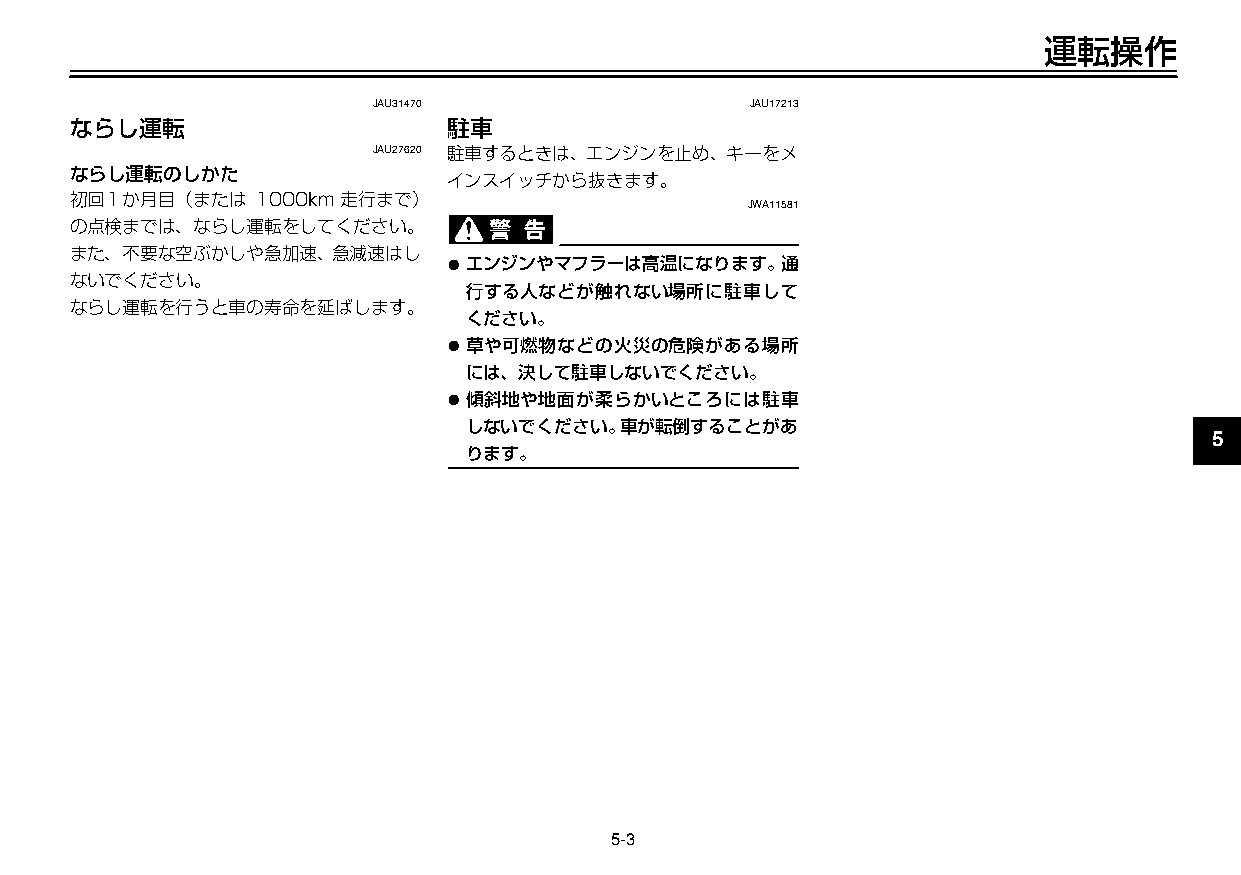
U3C5J7J0 3ページ ２００９年１１月４日 水曜日 午前９時４７分
 運転操作
 JAU31470                 JAU17213
 ならし運転                    駐車
 JAU27620 駐車するときは、エンジンを止め、キーをメ
 ならし運転のしかた
 インスイッチから抜きます。
 初回１か月目（または  1000km走行まで）
 JWA11581
 の点検までは、ならし運転をしてください。
 また、不要な空ぶかしや急加速、急減速はし     ● エンジンやマフラーは高温になります。通                             2
 ないでください。
 行する人などが触れない場所に駐車して
 ならし運転を行うと車の寿命を延ばします。
 ください。                                            3
 ● 草や可燃物などの火災の危険がある場所
 には、決して駐車しないでください。                                4
 ● 傾斜地や地面が柔らかいところには駐車
 しないでください。車が転倒することがあ
 5
 ります。
 6
 7
 8
 9
 5-3